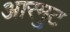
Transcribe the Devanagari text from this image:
आरमुट